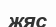
жяс